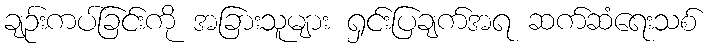
ချဉ်းကပ်ခြင်းကို အခြားသူများ ရှင်းပြချက်အရ ဆက်ဆံရေးသစ်